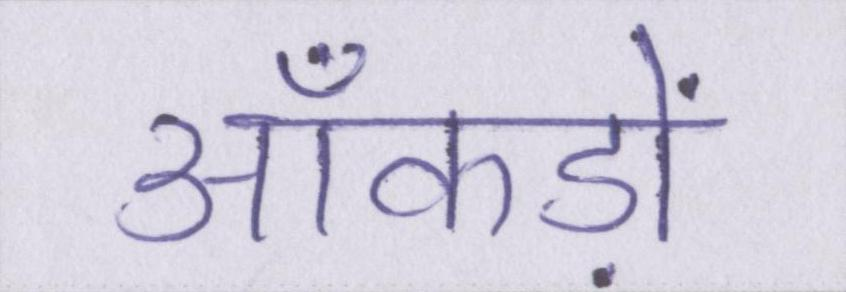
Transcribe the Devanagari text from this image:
आँकड़ों